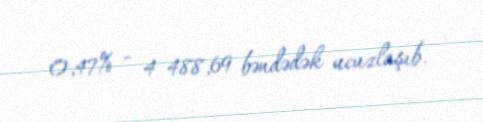
0,47% - 4 488,69 bəndədək ucuzlaşıb.